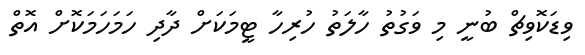
ވިޑަކޮވިޗް ބުނީ މި ވަގުތު ހާލަތު ހުރިހާ ޓީމަކަށް ދާދި ހަަމަހަމަކޮށް އޮތް